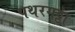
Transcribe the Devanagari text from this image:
पथरगट्टा